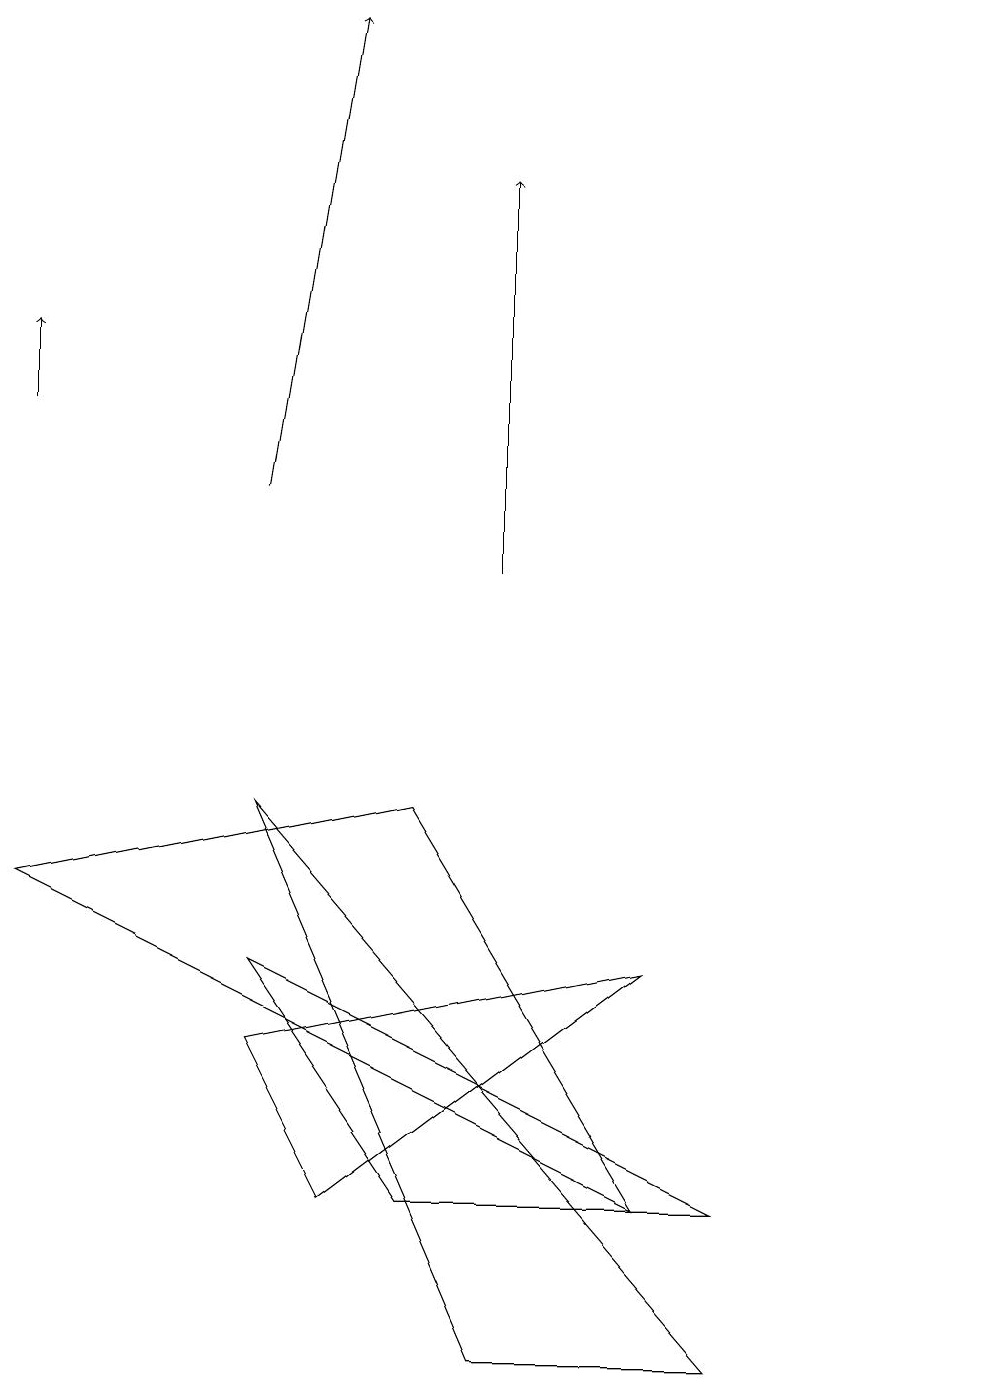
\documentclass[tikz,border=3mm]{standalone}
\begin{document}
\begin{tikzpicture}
\draw (4,4) -- (8,7) -- (3,6) -- cycle;
\draw[->] (3,13) -- (4,19);
\draw (9,2) -- (3,9) -- (6,2) -- cycle;
\draw (3,7) -- (9,4) -- (5,4) -- cycle;
\draw[->] (0,14) -- (0,15);
\draw[->] (6,12) -- (6,17);
\draw (12,10) circle (0);
\draw (0,8) -- (5,9) -- (8,4) -- cycle;
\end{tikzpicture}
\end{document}